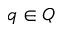
q \in Q